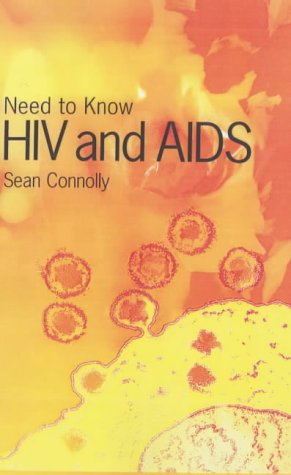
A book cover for HIV & AIDS (Need to Know); Teen & Young Adult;